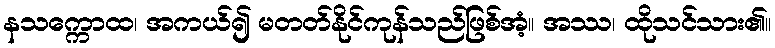
နသက္ကောထ၊ အကယ်၍ မတတ်နိုင်ကုန်သည်ဖြစ်အံ့။ အဿ၊ ထိုသင်သား၏။